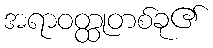
အရာဝတ္ထုတစ်ခု၏